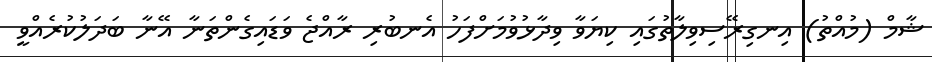
ޝާމް (މުއްތު) އިނގިރޭސިވިލާތުގައި ކިޔަވާ ވިދާޅުވުމަށްފަހު އެނބުރި ރާއްޖެ ވަޑައިގެންތަނާ އޭނާ ބަދަލުކުރެއްވީ